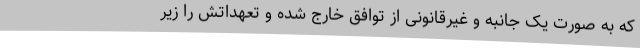
که به صورت یک جانبه و غیرقانونی از توافق خارج شده و تعهداتش را زیر